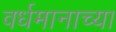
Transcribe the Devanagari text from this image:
वर्धमानाच्या